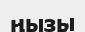
ңызы